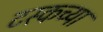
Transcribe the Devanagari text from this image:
टस्कच्या